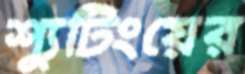
শ্যুটিংয়ের